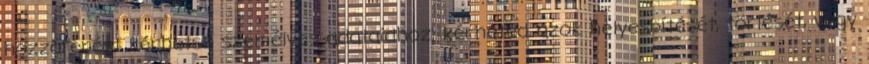
hozzáférést kérhetsz személyes adataidhoz, kérheted azok helyesbítését, törlését, vagy